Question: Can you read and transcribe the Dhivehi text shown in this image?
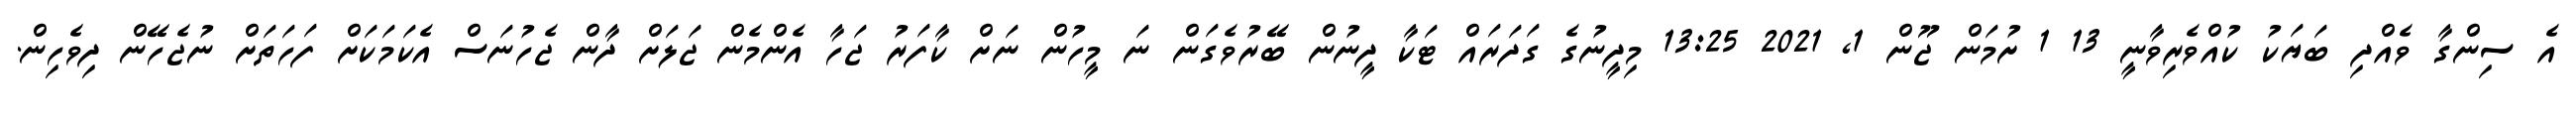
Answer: އެ ސިންގާ ވެއްދި ބަޔަކު ކުއްވެރިވާނީ 13 1 ށުމަން ޖޫން 1, 2021 13:25 މިދީނުގެ ގަދަރައް ޓަކާ ދީނުން ބޭރުވެގަން ނަ މީހުން ނަށް ކާފަރު ޖަހާ އެންމެން ޖަލަށް ދާން ޖެހުނަސް އެކަމަކަށް ފަހަތަށް ނުޖެހޭން ދިވެހިން.